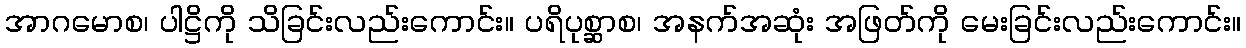
အာဂမောစ၊ ပါဋ္ဌိကို သိခြင်းလည်းကောင်း။ ပရိပုစ္ဆာစ၊ အနက်အဆုံး အဖြတ်ကို မေးခြင်းလည်းကောင်း။